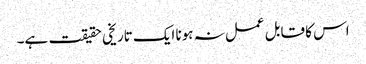
اس کا قابل عمل نہ ہونا ایک تاریخی حقیقت ہے۔